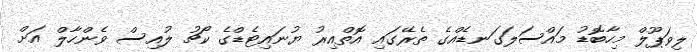
ލިވަޕޫލް މިހާބޮޑު މައްސަލަގަނޑެއްގެ ތެރޭގައި އޮތްއިރު ޔުނައިޓެޑްގެ ކޯޗު ލުއިސް ވެންހާލް އަށް